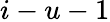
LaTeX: i-u-1